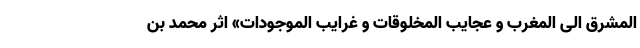
المشرق الی المغرب و عجایب المخلوقات و غرایب الموجودات» اثر محمد بن